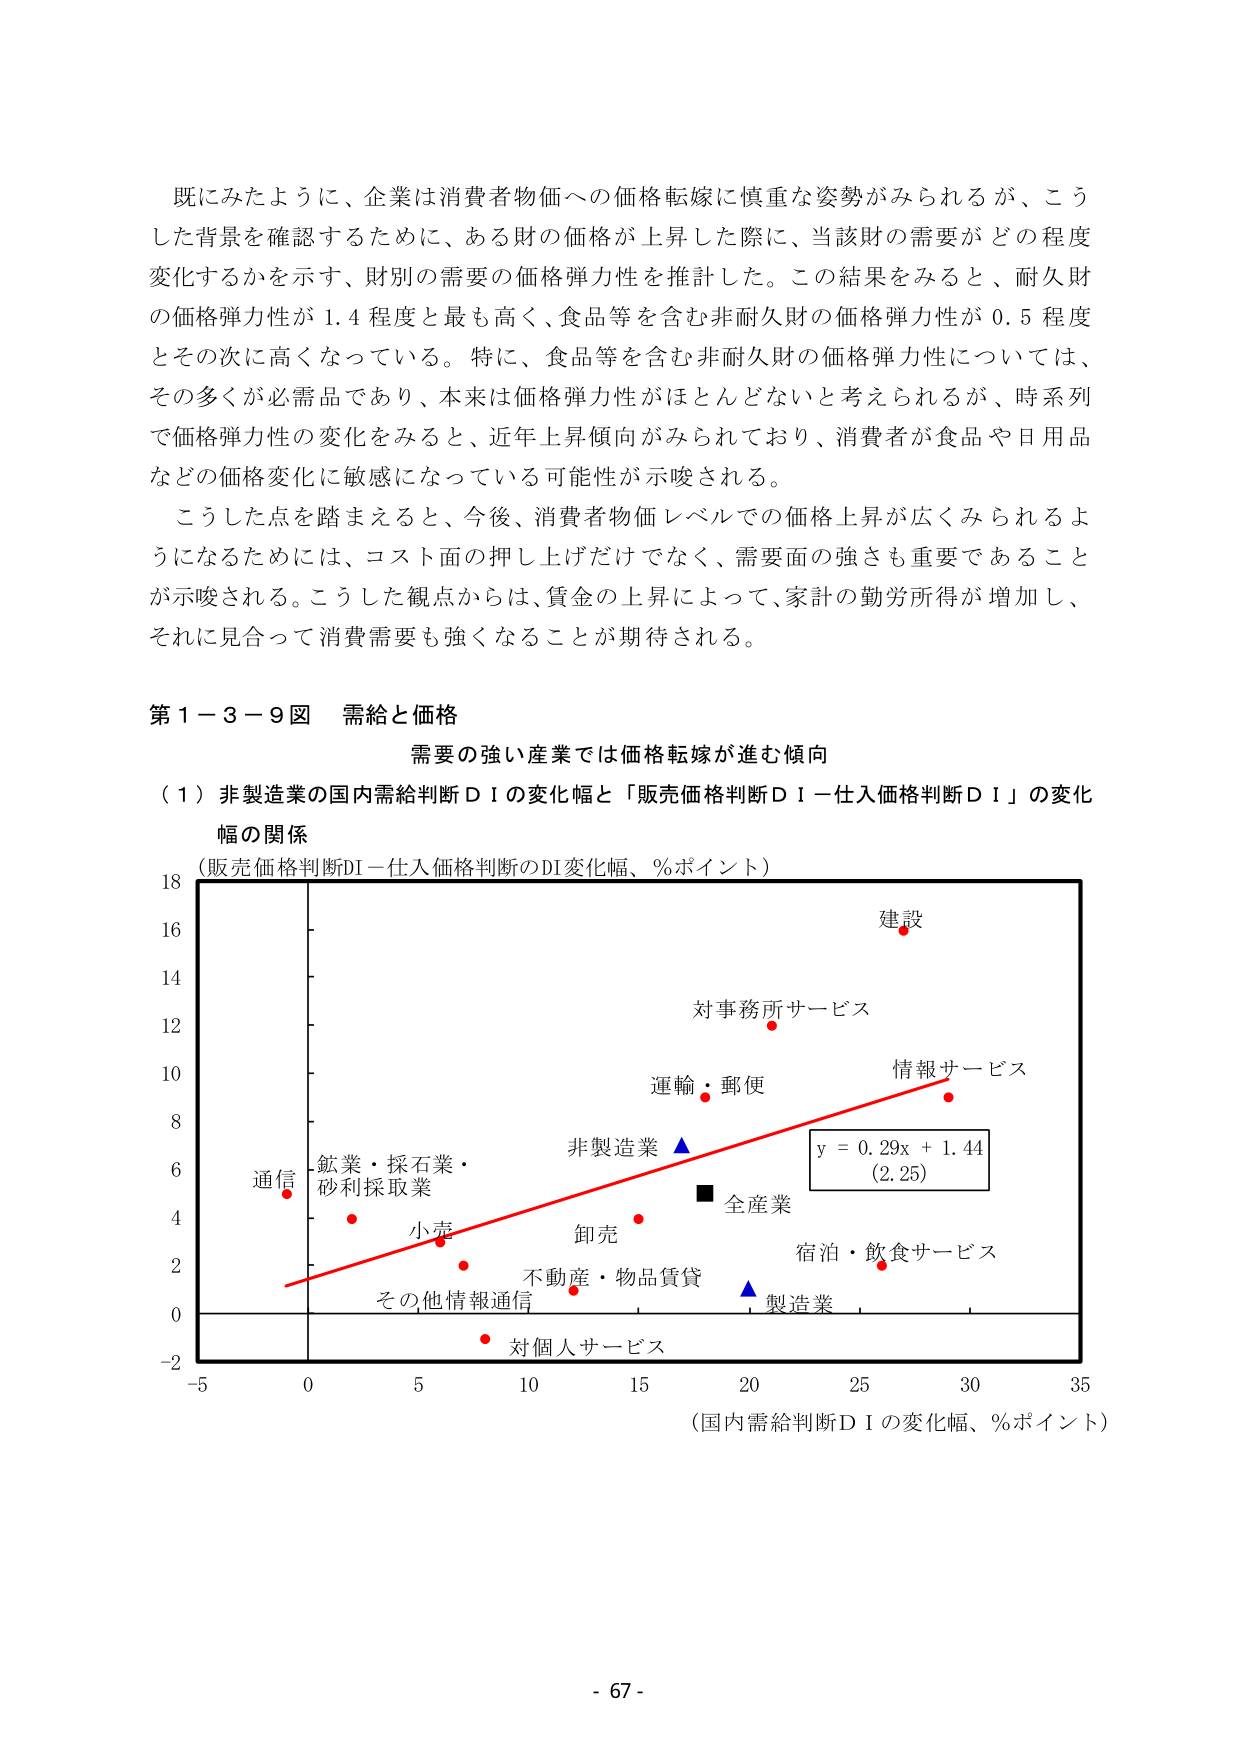
既にみたように、企業は消費者物価への価格転嫁に慎重な姿勢がみられるが、こうした背景を確認するために、ある財の価格が上昇した際に、当該財の需要がどの程度変化するかを示す、財別の需要の価格弾力性を推計した。この結果をみると、耐久財の価格弾力性が1.4程度と最も高く、食品等を含む非耐久財の価格弾力性が0.5程度とその次に高くなっている。特に、食品等を含む非耐久財の価格弾力性については、その多くが必需品であり、本来は価格弾力性がほとんどないと考えられるが、時系列で価格弾力性の変化をみると、近年上昇傾向がみられており、消費者が食品や日用品などの価格変化に敏感になっている可能性が示唆される。

こうした点を踏まえると、今後、消費者物価レベルでの価格上昇が広くみられるようになるためには、コスト面の押し上げだけでなく、需要面の強さも重要であることが示唆される。こうした観点からは、賃金の上昇によって、家計の勤労所得が増加し、それに見合って消費需要も強くなることが期待される。

第1－3－9図 需給と価格
需要の強い産業では価格転嫁が進む傾向
（1）非製造業の国内需給判断ＤＩの変化幅と「販売価格判断ＤＩ－仕入価格判断ＤＩ」の変化幅の関係
（販売価格判断DI－仕入価格判断のDI変化幅、％ポイント）
建設
対事務所サービス
運輸・郵便
情報サービス
y = 0.29x + 1.44
(2.25)
非製造業 ▲
全産業 ■
通信
鉱業・採石業・
砂利採取業
小売
卸売
不動産・物品賃貸
その他情報通信
対個人サービス
宿泊・飲食サービス
製造業 ▲
（国内需給判断ＤＩの変化幅、％ポイント）
- 67 -